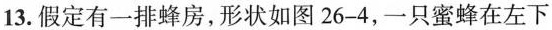
13.假定有一排蜂房，形状如图26-4，一只蜜蜂在左下